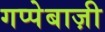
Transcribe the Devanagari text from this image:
गप्पेबाज़ी